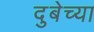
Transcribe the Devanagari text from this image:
दुबेच्या